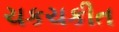
ચકચકીત